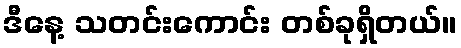
ဒီနေ့ သတင်းကောင်း တစ်ခုရှိတယ်။